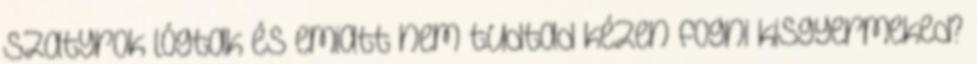
szatyrok lógtak és emiatt nem tudtad kézen fogni kisgyermeked?